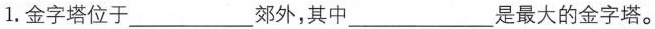
1.金字塔位于___郊外，其中___是最大的金字塔。